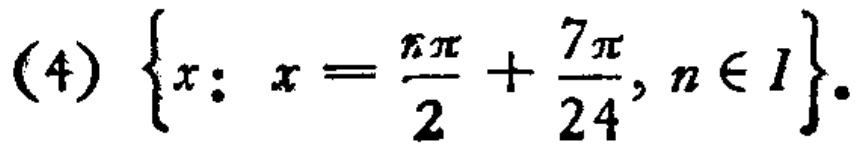
(4) \(\left\{x: x=\frac{n\pi}{2}+\frac{7\pi}{24}, n\in I\right\}\)